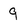
Character: 9